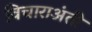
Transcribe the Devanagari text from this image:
विचाराअंती